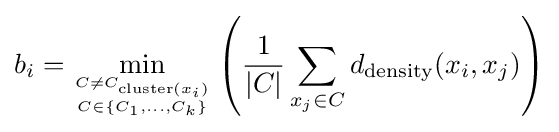
b_{i}=\min _{C\neq C_{{\text{cluster}}(x_{i})} \atop C\in \{C_{1},\dots ,C_{k}\}}\left({\frac {1}{|C|}}\sum _{x_{j}\in C}d_{\text{density}}(x_{i},x_{j})\right)